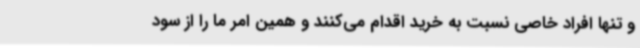
و تنها افراد خاصی نسبت به خرید اقدام می‌کنند و همین امر ما را از سود